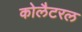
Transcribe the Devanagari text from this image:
कोलैटरल